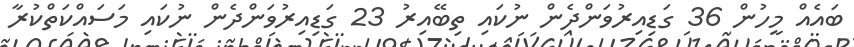
ބައެއް މީހުން 36 ގަޑިއިރުވަންދެން ނުކައި ތިބޭއިރު 23 ގަޑިއިރުވަންދެން ނުކައި މަސައްކަތްކުރާ